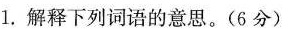
1.解释下列词语的意思。(6分)